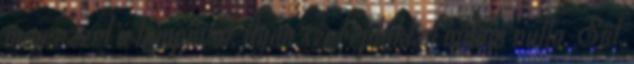
meg ezzel a tempóval, ilyen szereplőkkel nálam nulla. Sőt,